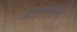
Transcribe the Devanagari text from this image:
अनुकंडराएँ